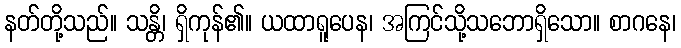
နတ်တို့သည်။ သန္တိ၊ ရှိကုန်၏။ ယထာရူပေန၊ အကြင်သို့သဘောရှိသော။ စာဂနေ၊